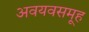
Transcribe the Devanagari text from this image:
अवयवसमूह